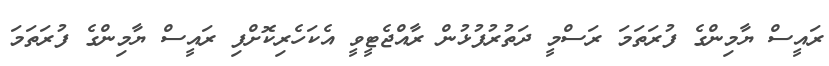
ރައީސް ޔާމިންގެ ފުރަތަމަ ރަސްމީ ދަތުރުފުޅުން ރާއްޖެޓީވީ އެކަހެރިކޮށްފި ރައީސް ޔާމިންގެ ފުރަތަމަ